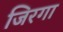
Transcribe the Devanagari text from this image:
जिरगा